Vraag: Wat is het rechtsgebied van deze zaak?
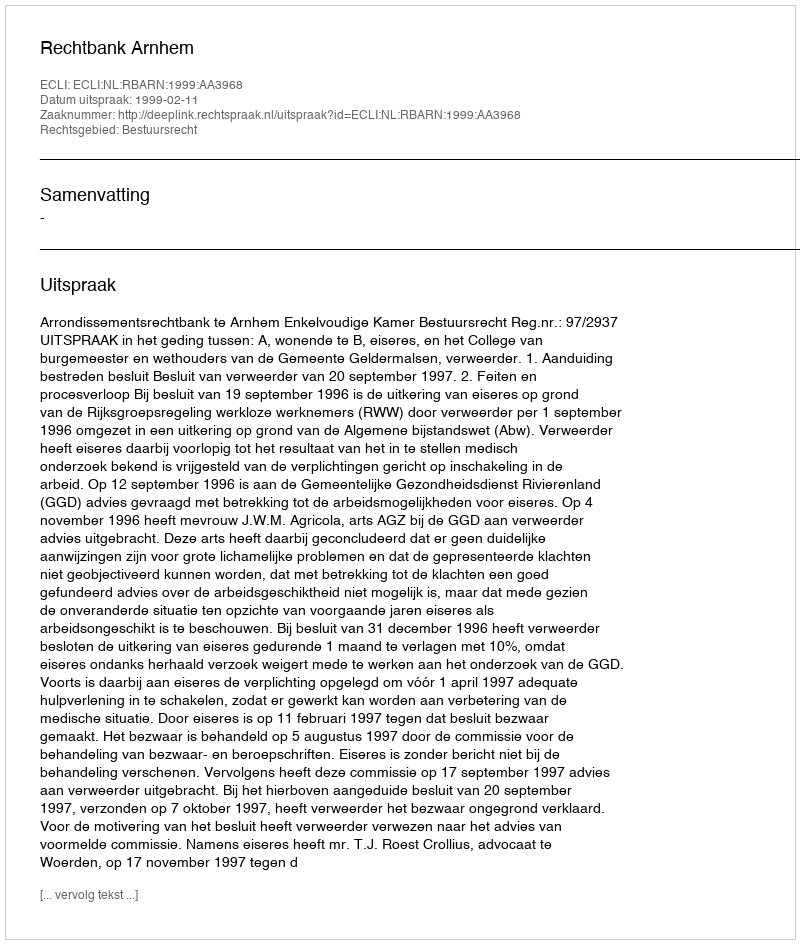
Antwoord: Bestuursrecht